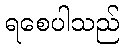
ရစေပါသည်